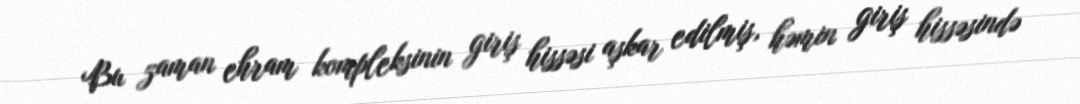
Bu zaman ehram kompleksinin giriş hissəsi aşkar edilmiş, həmin giriş hissəsində